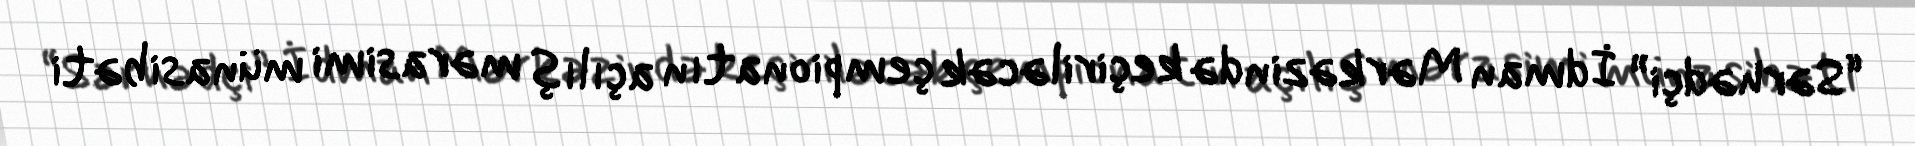
“Sərhədçi” İdman Mərkəzində keçiriləcək çempionatın açılış mərasimi münasibəti